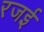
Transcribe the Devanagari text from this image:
रजई